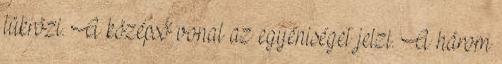
tükrözi. A középső vonal az egyéniséget jelzi. A három